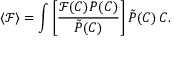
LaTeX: \langle \mathcal { F } \rangle = \int \left[ \frac { \mathcal { F } ( C ) P ( C ) } { \tilde { P } ( C ) } \right] \tilde { P } ( C ) \, \d C .